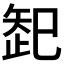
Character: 𱳠